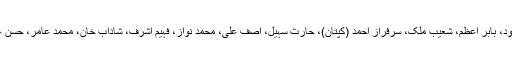
سولہ رکنی اسکواڈ میں فخر زمان، امام الحق، شان مسعود، بابر اعظم، شعیب ملک، سرفراز احمد (کپتان)، حارث سہیل، آصف علی، محمد نواز، فہیم اشرف، شاداب خان، محمد عامر، حسن علی، جنید خان، عثمان خان اور شاہین آفریدی شامل ہیں۔